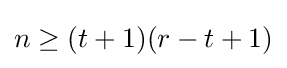
n\geq (t+1)(r-t+1)